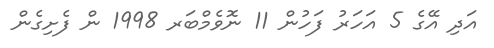
އަދި އޭގެ 5 އަހަރު ފަހުން 11 ނޮވެމްބަރ 1998 ން ފެށިގެން